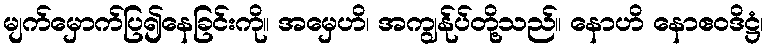
မျက်မှောက်ပြ၍နေခြင်းကို။ အမှေဟိ၊ အကျွန်ုပ်တို့သည်။ နောဟိ နောဧဝဒိဋ္ဌံ၊